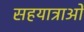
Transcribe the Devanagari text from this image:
सहयात्राओं